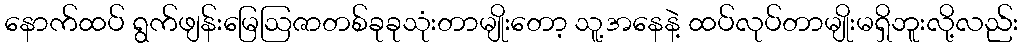
နောက်ထပ် ရွက်ဖျန်းမြေဩဇာတစ်ခုခုသုံးတာမျိုးတော့ သူ့အနေနဲ့ ထပ်လုပ်တာမျိုးမရှိဘူးလို့လည်း